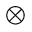
\otimes